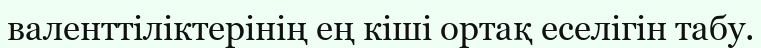
валенттіліктерінің ең кіші ортақ еселігін табу.